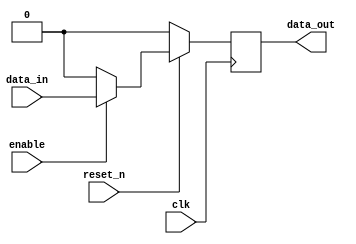
module dff(
input clk,
input reset_n,
input data_in,
input enable,
output reg data_out);

reg data_out_temp;
always@(posedge clk) begin

if(!reset_n) 
   data_out <= 0;
else  	
   data_out <= data_out_temp;

end


always@(*)
data_out_temp <= (enable==1'b1)? data_in : 1'b0;

endmodule